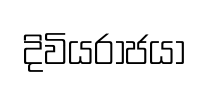
දිවියරාජයා